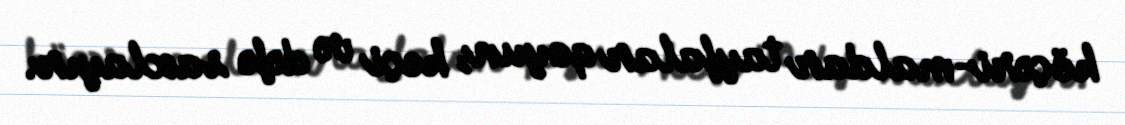
köçəri-maldar tayfalar qoyun, keçi və dəfə saxlayır.